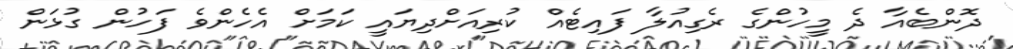
ދޮންބެއާ ދެ މީހުންގެ ރެގިއުލާ ފައިޓެއް ކުރިއަށްދިޔައީ ކަމަށް އެހެންވެ ފަހުން ގުޅަން